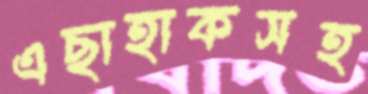
এছাহাকসহ